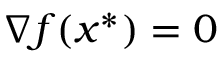
\nabla f ( x ^ { * } ) = 0